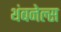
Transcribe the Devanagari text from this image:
थंबनेल्स